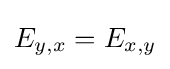
E_{y,x}=E_{x,y}